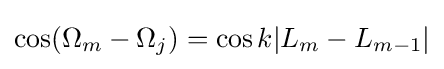
\cos(\Omega _{m}-\Omega _{j})=\cos k|L_{m}-L_{m-1}|